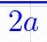
2a